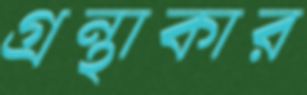
গ্রন্থাকার